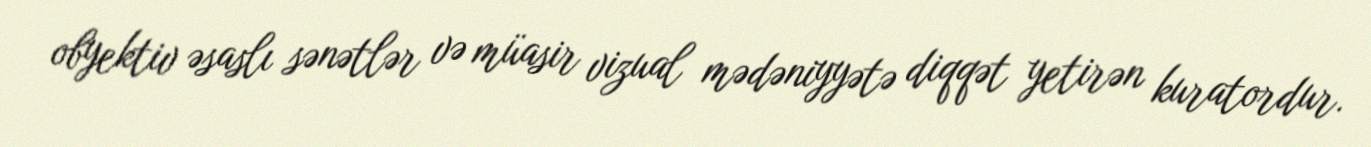
obyektiv əsaslı sənətlər və müasir vizual mədəniyyətə diqqət yetirən kuratordur.